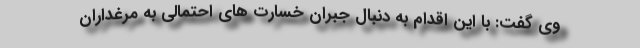
وی گفت: با این اقدام به دنبال جبران خسارت های احتمالی به مرغداران